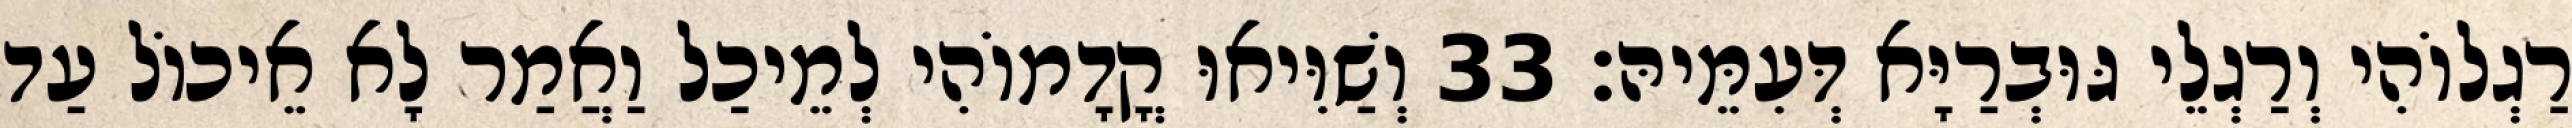
רַגְלוֹהִי וְרַגְלֵי גּוּבְרַיָּא דְּעִמֵּיהּ׃ 33 וְשַׁוִּיאוּ קֳדָמוֹהִי לְמֵיכַל וַאֲמַר לָא אֵיכוֹל עַד